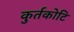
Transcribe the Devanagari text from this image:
कुर्तकोटि